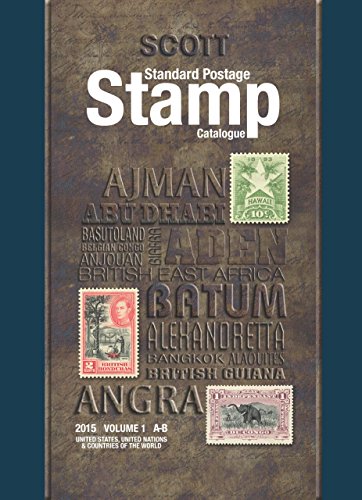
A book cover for Scott Standard Postage Stamp Catalogue 2015: United States and Affiliated Territories United Nations: Countries of the World A-B (Scott Standard Postage Stamp Catalogue Vol 1 US and Countries A-B); Charles Snee; Crafts, Hobbies & Home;